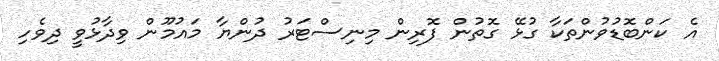
އެ ކަންބޮޑުވުންތަކާ ގުޅޭ ގޮތުން ފޮރިން މިނިސްޓަރު ދުންޔާ މައުމޫން ވިދާޅުވީ ދިވެހި